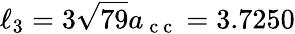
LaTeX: \ell_{3}=3\sqrt{79}a_{\mathrm{~c~c~}}=3.7250